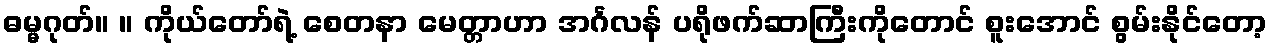
ဓမ္မဂုတ်။ ။ ကိုယ်တော်ရဲ့ စေတနာ မေတ္တာဟာ အင်္ဂလန် ပရိုဖက်ဆာကြီးကိုတောင် စူးအောင် စွမ်းနိုင်တော့